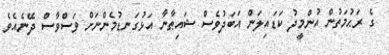
ގެ ރަޙުމަތުން އުންމީދު ކަޑައިލަން އަބަދުވެސް ޝައިޠާނާ އަޅުގަނޑުމެންނަށް ވަސްވާސް ދޭނެއެވެ.